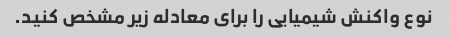
نوع واکنش شیمیایی را برای معادله زیر مشخص کنید.